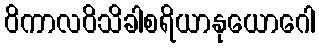
ဝိကာလဝိသိခါစရိယာနုယောဂေါ